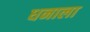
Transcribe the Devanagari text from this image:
धनाला